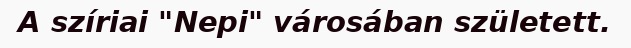
A szíriai "Nepi" városában született.